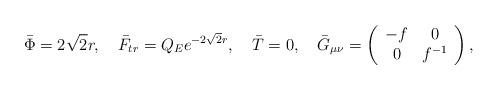
LaTeX: \begin{align*}\bar \Phi = 2 \sqrt 2 r,~~~ \bar F_{tr} = Q_E e^{-2 \sqrt 2 r},~~~ \bar T = 0,{}~~~ \bar G_{\mu\nu} = \left( \begin{array}{cc} - f & 0 \\ 0 & f^{-1} \end{array} \right),\end{align*}